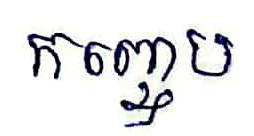
កញ្ចេប